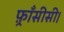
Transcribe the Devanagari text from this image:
फ़्राँसीसी।